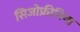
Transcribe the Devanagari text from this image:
सिजोफ्रीनिया